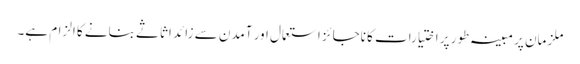
ملزمان پر مبینہ طور پر اختیارات کا ناجائز استعمال اور آمدن سے زائد اثاثے بنانے کا الزام ہے۔